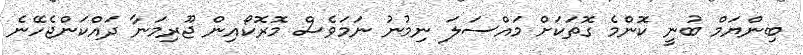
ބިންޔަމް ބުނީ ކޮންމެ ގޮތަކަށް މައްސަލަ ނިމުނު ނަމަވެސް މޮރޮކޯއިން ޖޫރިމަނާ ދައްކަންޖެހޭނެ